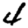
Digit: 4